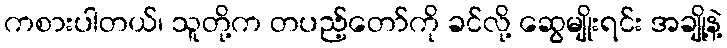
ကစားပါတယ်၊ သူတို့က တပည့်တော်ကို ခင်လို့ ဆွေမျိုးရင်း အချို့နဲ့